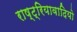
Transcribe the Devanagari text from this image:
राष्ट्रियावादियो